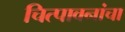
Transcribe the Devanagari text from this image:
चित्पावनांचा